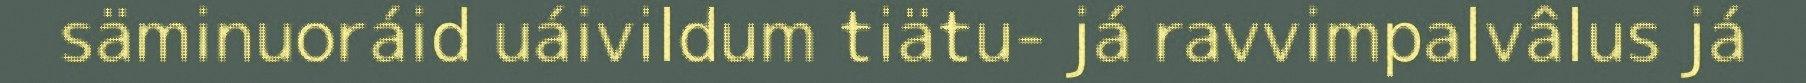
säminuoráid uáivildum tiätu- já ravvimpalvâlus já